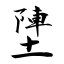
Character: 塦